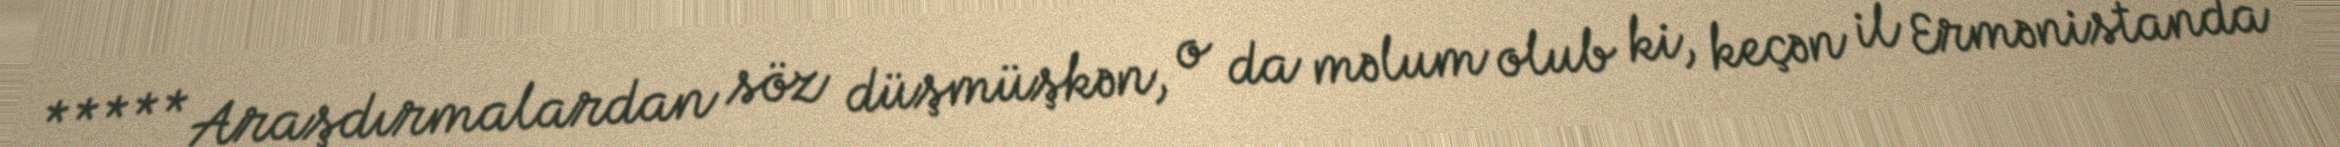
***** Araşdırmalardan söz düşmüşkən, o da məlum olub ki, keçən il Ermənistanda